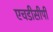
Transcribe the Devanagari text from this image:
एचडीसीपी